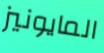
المايونيز